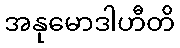
အနုမောဒါဟီတိ